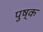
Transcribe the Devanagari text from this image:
पुष्क